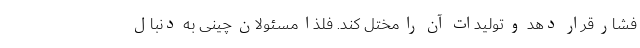
فشار قرار دهد و تولیدات آن را مختل کند. فلذا مسئولان چینی به دنبال